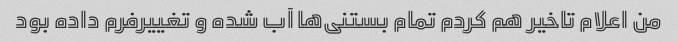
من اعلام تاخیر هم کردم تمام بستنی‌ها آب شده و تغییرفرم داده بود